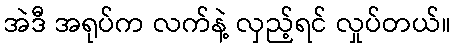
အဲဒီ အရုပ်က လက်နဲ့ လှည့်ရင် လှုပ်တယ်။